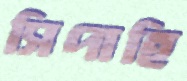
সিপাহি